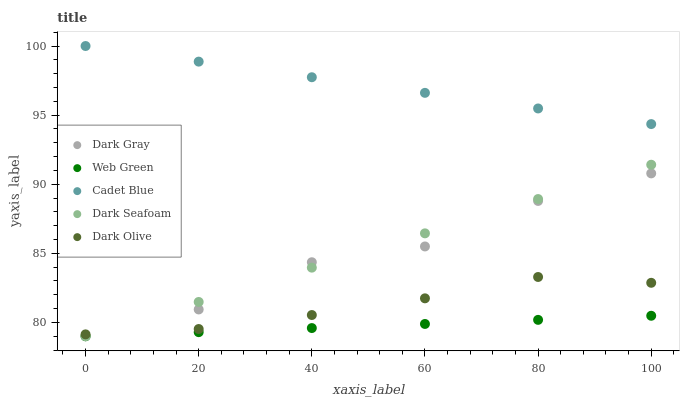
| xaxis_label | Dark Gray | Web Green | Cadet Blue | Dark Seafoam | Dark Olive |
 | --- | --- | --- | --- | --- | --- |
 | 0 | 79 | 79 | 100 | 79 | 79.1 |
 | 20 | 80.9 | 79.3 | 98.9 | 81.5 | 79.5 |
 | 40 | 84.4 | 79.6 | 97.7 | 84 | 80.5 |
 | 60 | 85.5 | 79.9 | 96.6 | 86.4 | 81.7 |
 | 80 | 88.8 | 80.2 | 95.5 | 88.9 | 83.3 |
 | 100 | 90.8 | 80.5 | 94.4 | 91.4 | 82.9 |